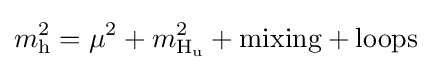
m_{\text{h}}^{2}=\mu ^{2}+m_{{\text{H}}_{\text{u}}}^{2}+{\text{mixing}}+{\text{loops}}